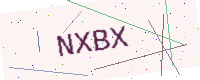
Text: NXBX